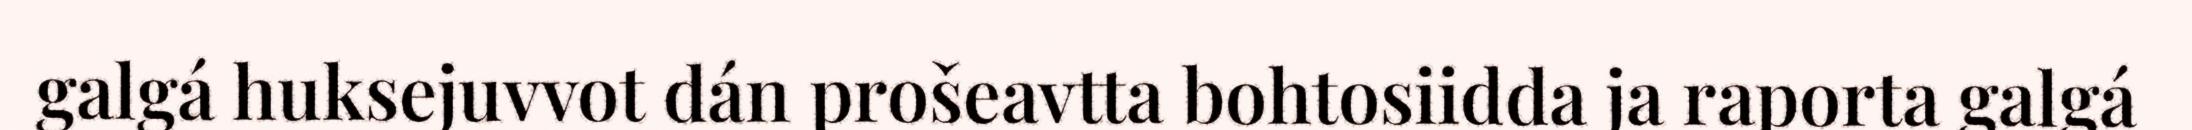
galgá huksejuvvot dán prošeavtta bohtosiidda ja raporta galgá